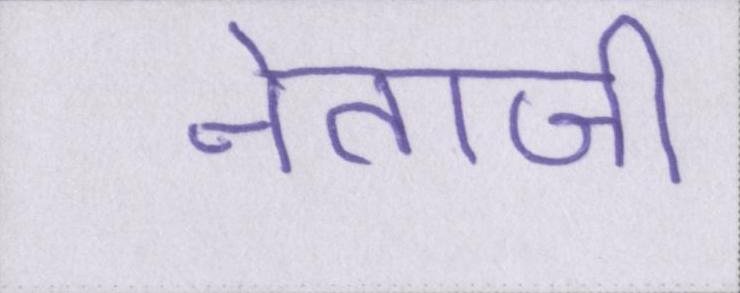
नेताजी